Triennial report on the lunatic asylums in the province of Eastern Bengal and Assam - 1903-1911
Year: 1903
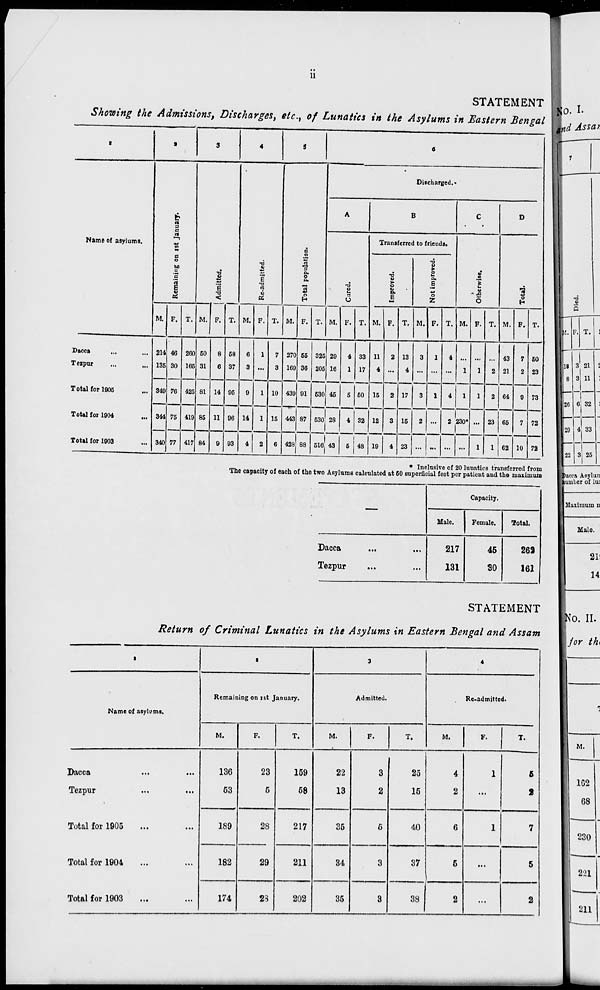
ii
STATEMENT
Showing the Admissions, Discharges, etc., of Lunatics in the Asylums in Eastern Bengal
1
Name of asylums.
Dacca ... ...
Tezpur
...
...
Total for 1905 ...
Total for 1904 ...
Total for 1903 ...
2
Remaining on 1st January.
M.
214
135
349
344
340
F.
46
30
76
75
77
T.
260
165
425
419
417
3
Admitted.
M.
50
31
81
85
84
F.
8
6
14
11
9
T.
58
37
95
96
93
4
Re-admitted.
M.
6
3
9
14
4
F.
1
...
1
1
2
T.
7
3
10
15
6
5
Total population.
M.
270
169
439
443
428
F.
55
36
91
87
88
T.
325
205
530
530
516
6
Discharged.
A
Cured.
M.
29
16
45
28
43
F.
4
1
5
4
5
T.
33
17
50
32
48
B
Transferred to friends.
Improved.
M.
11
4
15
12
19
F.
2
...
2
3
4
T.
13
4
17
15
23
Not improved.
M.
3
...
3
2
...
F.
1
...
1
...
...
T.
4
...
4
2
...
C
Otherwise.
M.
...
1
1
230*
...
F.
...
1
1
...
1
T.
...
2
2
23
1
D
Total.
M.
43
21
64
65
62
F.
7
2
9
7
10
T.
50
23
73
72
72
* Inclusive of 20 lunatics transferred from
The capacity of each of the two Asylums calculated at 60 superficial feet per patient and the maximum
—
Dacca
...
...
Tezpur ... ...
Capacity.
Male.
217
131
Female.
45
30
Total.
262
161
STATEMENT
Return of Criminal Lunatics in the Asylums in Eastern Bengal and Assam
1
Name of asylums.
Dacca ... ...
Tezpur ... ...
Total for 1905 ... ...
Total for 1904 ... ...
Total for 1903 ... ...
2
Remaining on 1st January.
M.
136
53
189
182
174
F.
23
5
28
29
23
T.
159
58
217
211
202
3
Admitted.
M.
22
13
35
34
35
F.
3
2
5
3
3
T.
25
15
40
37
38
4
Re-admitted.
M.
4
2
6
5
2
F.
1
...
1
...
...
T.
5
2
7
5
2